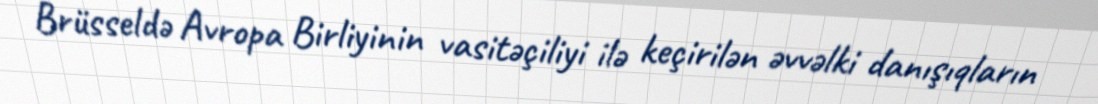
Brüsseldə Avropa Birliyinin vasitəçiliyi ilə keçirilən əvvəlki danışıqların